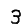
Digit: 3